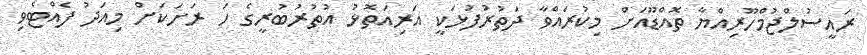
ރައީސުލްޖުމްހޫރިއްޔާ ތޮއްޑޫއަށް މިކުރައްވާ ދަތުރުފުޅަކީ އަރިއަތޮޅު އުތުރުބުރީގެ ހަ ރަށަކަށް މިއަދު ފެއްޓެވި